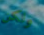
ولكن